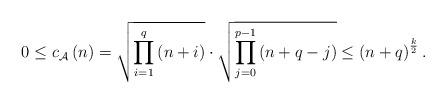
LaTeX: \begin{align*}0\leq c_{\mathcal{A}}\left( n\right) =\sqrt{\prod_{i=1}^{q}\left(n+i\right) }\cdot\sqrt{\prod_{j=0}^{p-1}\left( n+q-j\right) }\leq\left(n+q\right) ^{\frac{k}{2}}. \end{align*}